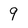
Character: 9